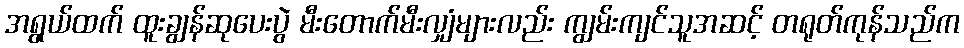
အရွယ်ထက် ထူးချွန်ဆုပေးပွဲ မီးတောက်မီးလျှံများလည်း ကျွမ်းကျင်သူအဆင့် တရုတ်ကုန်သည်က